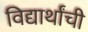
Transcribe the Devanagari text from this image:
विद्यार्थांची